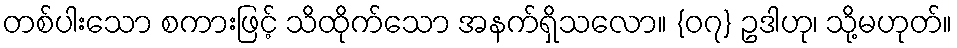
တစ်ပါးသော စကားဖြင့် သိထိုက်သော အနက်ရှိသလော။ {၀၇} ဥဒါဟု၊ သို့မဟုတ်။